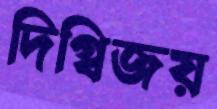
দিগ্বিজয়